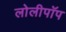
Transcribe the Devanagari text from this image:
लोलीपॉप